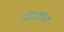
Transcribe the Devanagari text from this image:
प्रश्वशन